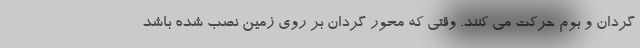
گردان و بوم حرکت می کنند. وقتی که محور گردان بر روی زمین نصب شده باشد